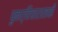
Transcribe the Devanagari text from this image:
पुनर्विचारासाठी